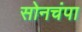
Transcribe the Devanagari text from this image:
सोनचंपा